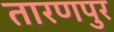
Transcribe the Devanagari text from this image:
तारणपुर